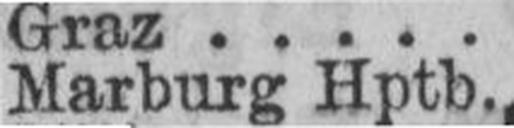
Marburg Hptb.